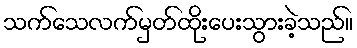
သက်သေလက်မှတ်ထိုးပေးသွားခဲ့သည်။